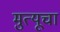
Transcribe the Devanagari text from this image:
मुत्यूचा